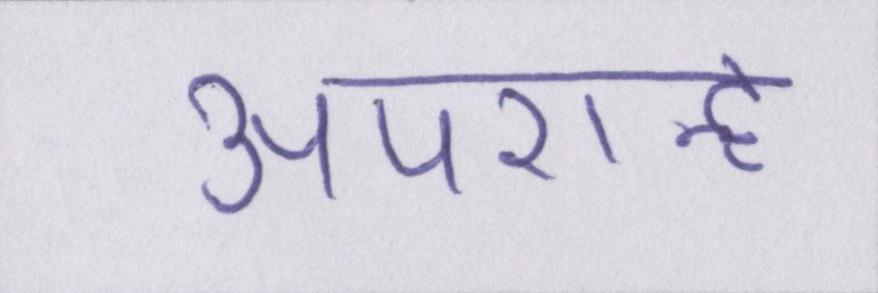
अपरान्ह